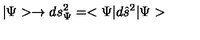
| \Psi > \rightarrow d s _ { \Psi } ^ { 2 } = < \Psi | d \hat { s } ^ { 2 } | \Psi >